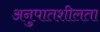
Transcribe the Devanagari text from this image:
अनुपातशीलता